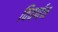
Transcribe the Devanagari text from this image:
विवर्णन